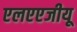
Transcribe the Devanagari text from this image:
एलएएजीयू